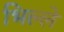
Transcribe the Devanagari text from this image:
भिल्ले